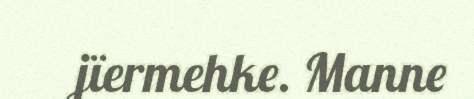
jïermehke. Manne